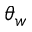
\theta _ { w }